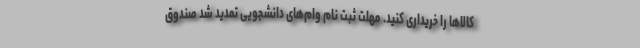
کالاها را خریداری کنید. مهلت ثبت نام وام‌های دانشجویی تمدید شد صندوق